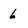
Character: 6